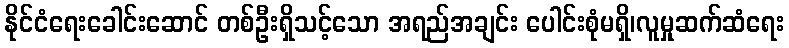
နိုင်ငံရေးခေါင်းဆောင် တစ်ဦးရှိသင့်သော အရည်အချင်း ပေါင်းစုံမရှိ၊လူမှုဆက်ဆံရေး